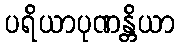
ပရိယာပုဏန္တိယာ